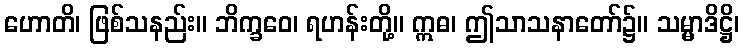
ဟောတိ၊ ဖြစ်သနည်း။ ဘိက္ခဝေ၊ ရဟန်းတို့။ ဣဓ၊ ဤသာသနာတော်၌။ သမ္မာဒိဋ္ဌိ၊